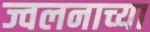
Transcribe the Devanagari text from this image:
ज्वलनाच्या